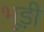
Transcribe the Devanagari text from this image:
भूड़ी